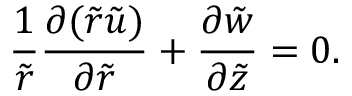
\frac { 1 } { \tilde { r } } \frac { \partial ( \tilde { r } \tilde { u } ) } { \partial \tilde { r } } + \frac { \partial \tilde { w } } { \partial \tilde { z } } = 0 .